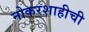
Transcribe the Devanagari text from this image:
नोकरशाहीची